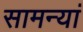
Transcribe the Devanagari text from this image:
सामन्यां